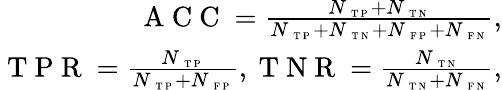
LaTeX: \begin{array}{r}{\mathrm{~A~C~C~}=\frac{N_{\mathrm{~\scriptsize~T~P~}}+N_{\mathrm{~\scriptsize~T~N~}}}{N_{\mathrm{~\scriptsize~T~P~}}+N_{\mathrm{~\scriptsize~T~N~}}+N_{\mathrm{~\scriptsize~F~P~}}+N_{\mathrm{~\scriptsize~F~N~}}},}\\ {\mathrm{~T~P~R~}=\frac{N_{\mathrm{~\scriptsize~T~P~}}}{N_{\mathrm{~\scriptsize~T~P~}}+N_{\mathrm{~\scriptsize~F~P~}}},\mathrm{~T~N~R~}=\frac{N_{\mathrm{~\scriptsize~T~N~}}}{N_{\mathrm{~\scriptsize~T~N~}}+N_{\mathrm{~\scriptsize~F~N~}}},}\end{array}